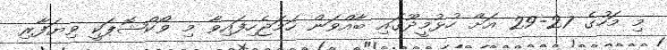
މި މަހުގެ 27-29 އަށް ހުޅުމީދޫގައި ބާއްވަން ހަމަޖެހިފައިވާ މި ވޯކްޝޮޕަކީ ވިޔަފާރި